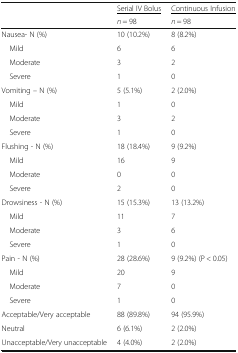
<table><thead><tr><td rowspan="2"></td><td><b><underline>Serial IV Bolus</underline></b></td><td><b><underline>Continuous Infusion</underline></b></td></tr><tr><td><b><i>n</i> = 98</b></td><td><b><i>n</i> = 98</b></td></tr></thead><tbody><tr><td>Nausea- N (%)</td><td>10 (10.2%)</td><td>8 (8.2%)</td></tr><tr><td> Mild</td><td>6</td><td>6</td></tr><tr><td> Moderate</td><td>3</td><td>2</td></tr><tr><td> Severe</td><td>1</td><td>0</td></tr><tr><td>Vomiting – N (%)</td><td>5 (5.1%)</td><td>2 (2.0%)</td></tr><tr><td> Mild</td><td>1</td><td>0</td></tr><tr><td> Moderate</td><td>3</td><td>2</td></tr><tr><td> Severe</td><td>1</td><td>0</td></tr><tr><td>Flushing - N (%)</td><td>18 (18.4%)</td><td>9 (9.2%)</td></tr><tr><td> Mild</td><td>16</td><td>9</td></tr><tr><td> Moderate</td><td>0</td><td>0</td></tr><tr><td> Severe</td><td>2</td><td>0</td></tr><tr><td>Drowsiness - N (%)</td><td>15 (15.3%)</td><td>13 (13.2%)</td></tr><tr><td> Mild</td><td>11</td><td>7</td></tr><tr><td> Moderate</td><td>3</td><td>6</td></tr><tr><td> Severe</td><td>1</td><td>0</td></tr><tr><td>Pain - N (%)</td><td>28 (28.6%)</td><td>9 (9.2%) (P &lt; 0.05)</td></tr><tr><td> Mild</td><td>20</td><td>9</td></tr><tr><td> Moderate</td><td>7</td><td>0</td></tr><tr><td> Severe</td><td>1</td><td>0</td></tr><tr><td>Acceptable/Very acceptable</td><td>88 (89.8%)</td><td>94 (95.9%)</td></tr><tr><td>Neutral</td><td>6 (6.1%)</td><td>2 (2.0%)</td></tr><tr><td>Unacceptable/Very unacceptable</td><td>4 (4.0%)</td><td>2 (2.0%)</td></tr></tbody></table>